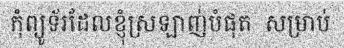
កុំព្យូទ័រដែលខ្ញុំស្រឡាញ់បំផុត  សម្រាប់